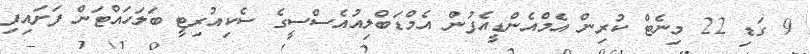
9 ގަޑި 22 މިނެޓް ކުރިން އެމްއެންޑީއެފުން އެމްޑަބްލިއުއެސްސީގެ ސެކިއުރިޓީ ބަލަހައްޓަން ފަށައިފި